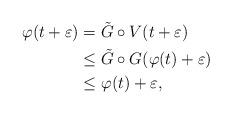
LaTeX: \begin{align*}\varphi(t+\varepsilon)&=\tilde G\circ V(t+\varepsilon)\\&\leq \tilde G\circ G(\varphi(t)+\varepsilon)\\&\leq\varphi(t)+\varepsilon,\end{align*}